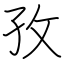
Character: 孜